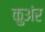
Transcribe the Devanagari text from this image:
कुअंर